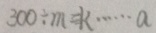
3 0 0 \div m = k \cdots a